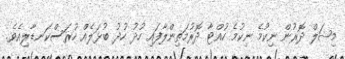
މިޝަލް ދޮރުން ނިކުމެ ނިކުމެ ހުއްޓާ ދޮރުމަތިންލާފައި ހުދު ހުދު ބުޅަލެއް ހުރަސްކަނޑާލިއެވެ.